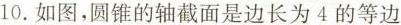
10. 如图，圆锥的轴截面是边长为4的等边